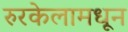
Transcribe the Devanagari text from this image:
रुरकेलामधून